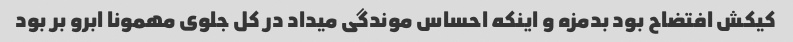
کیکش افتضاح بود بدمزه و اینکه احساس موندگی میداد در کل جلوی مهمونا ابرو بر بود